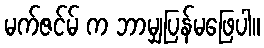
မက်ဇင်မ် က ဘာမျှပြန်မဖြေပါ။